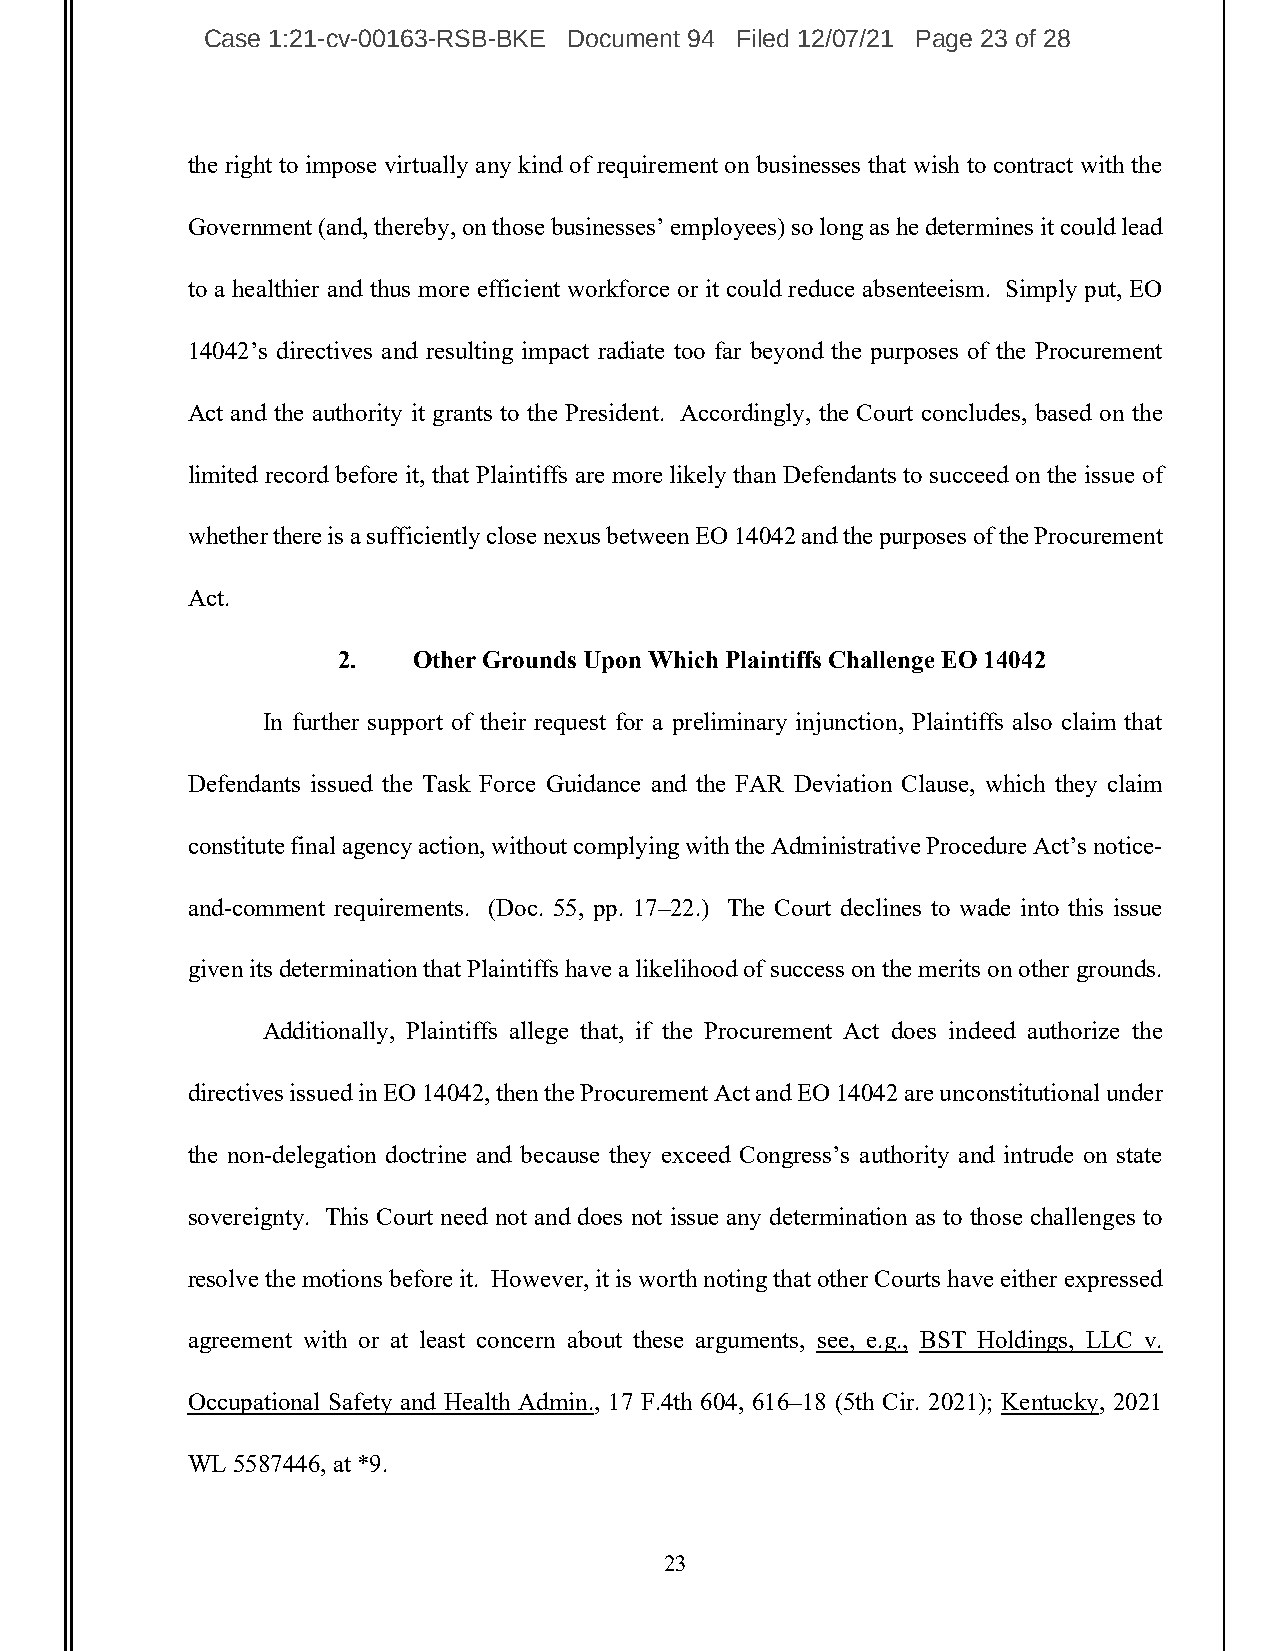
Case 1:21-cv-00163-RSB-BKE Document 94 Filed 12/07/21 Page 23 of 28
 the right to impose virtually any kind of requirement on businesses that wish to contract with the
 Government (and, thereby, on those businesses’ employees) so long as he determines it could lead
 to a healthier and thus more efficient workforce or it could reduce absenteeism. Simply put, EO
 14042’s directives and resulting impact radiate too far beyond the purposes of the Procurement
 Act and the authority it grants to the President. Accordingly, the Court concludes, based on the
 limited record before it, that Plaintiffs are more likely than Defendants to succeed on the issue of
 whether there is a sufficiently close nexus between EO 14042 and the purposes of the Procurement
 Act.
 2.   Other Grounds Upon Which Plaintiffs Challenge EO 14042
 In further support of their request for a preliminary injunction, Plaintiffs also claim that
 Defendants issued the Task Force Guidance and the FAR Deviation Clause, which they claim
 constitute final agency action, without complying with the Administrative Procedure Act’s notice-
 and-comment requirements. (Doc. 55, pp. 17–22.) The Court declines to wade into this issue
 given its determination that Plaintiffs have a likelihood of success on the merits on other grounds.
 Additionally, Plaintiffs allege that, if the Procurement Act does indeed authorize the
 directives issued in EO 14042, then the Procurement Act and EO 14042 are unconstitutional under
 the non-delegation doctrine and because they exceed Congress’s authority and intrude on state
 sovereignty. This Court need not and does not issue any determination as to those challenges to
 resolve the motions before it. However, it is worth noting that other Courts have either expressed
 agreement with or at least concern about these arguments, see, e.g., BST Holdings, LLC v.
 Occupational Safety and Health Admin., 17 F.4th 604, 616–18 (5th Cir. 2021); Kentucky, 2021
 WL 5587446, at *9.
 23